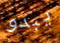
يبدو